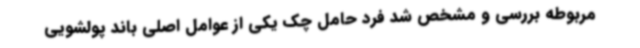
مربوطه بررسی و مشخص شد فرد حامل چک یکی از عوامل اصلی باند پولشویی